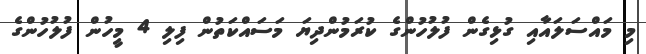
މި މައްސަލައާއި ގުޅިގެން ފުލުހުންގެ ކުރަމުންދިޔަ މަސައްކަތުން ފިލި 4 މީހުން ފުލުހުންގެ